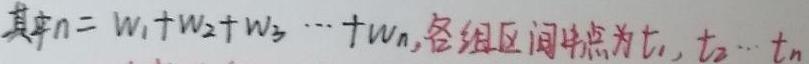
其中$n = w_1 + w_2 + w_3 + \cdots + w_n$, 各组区间中点为$t_1, t_2, \cdots, t_n$